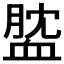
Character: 𧖺